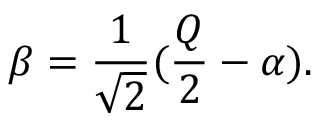
\beta = \frac { 1 } { \sqrt { 2 } } ( \frac { Q } { 2 } - \alpha ) .